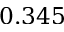
0 . 3 4 5